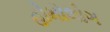
હોમોલોગ